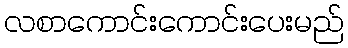
လစာကောင်းကောင်းပေးမည်